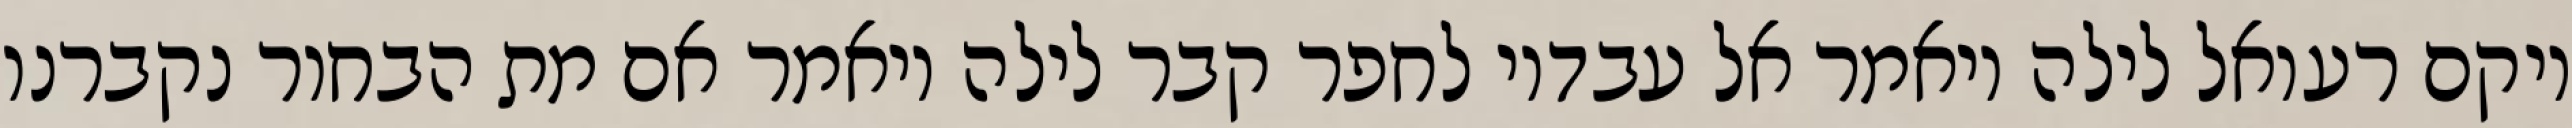
ויקם רעואל לילה ויאמר אל עבדיו לחפר קבר לילה ויאמר אם מת הבחור נקברנו